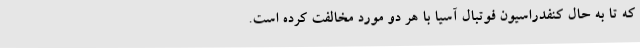
که تا به حال کنفدراسیون فوتبال آسیا با هر دو مورد مخالفت کرده است.